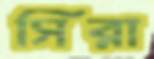
সিরা